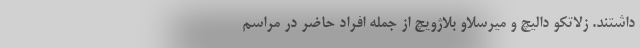
داشتند. زلاتکو دالیچ و میرسلاو بلاژویچ از جمله افراد حاضر در مراسم